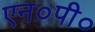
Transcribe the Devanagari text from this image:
एन०पी०